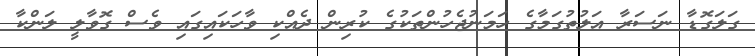
ގަލަގޮޑާ ނަސަރާ އަލުތުގަމާގެ ހަމަނުޖެހުންތަކުގެ ކުރިން ދެއްކި ވާހަކައިގައި ވެސް ގޮޮވާލީ ލަންކާ